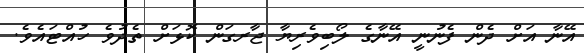
އޭނާ އަށް ދެން ފެނުނީ އޭނާގެ ލޯބިވެރިޔާ ޖާރގަން ކޮޅަށް ތެދުވެ ހުއްޓައެވެ.